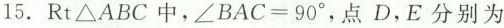
15.R_{t}△ A B C 中，$$∠ B A C=90°$$，点D，E分